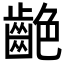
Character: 𪗼